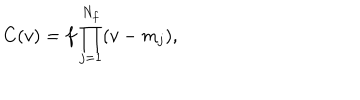
LaTeX: C ( v ) = f \prod _ { j = 1 } ^ { N _ { f } } ( v - m _ { j } ) ,